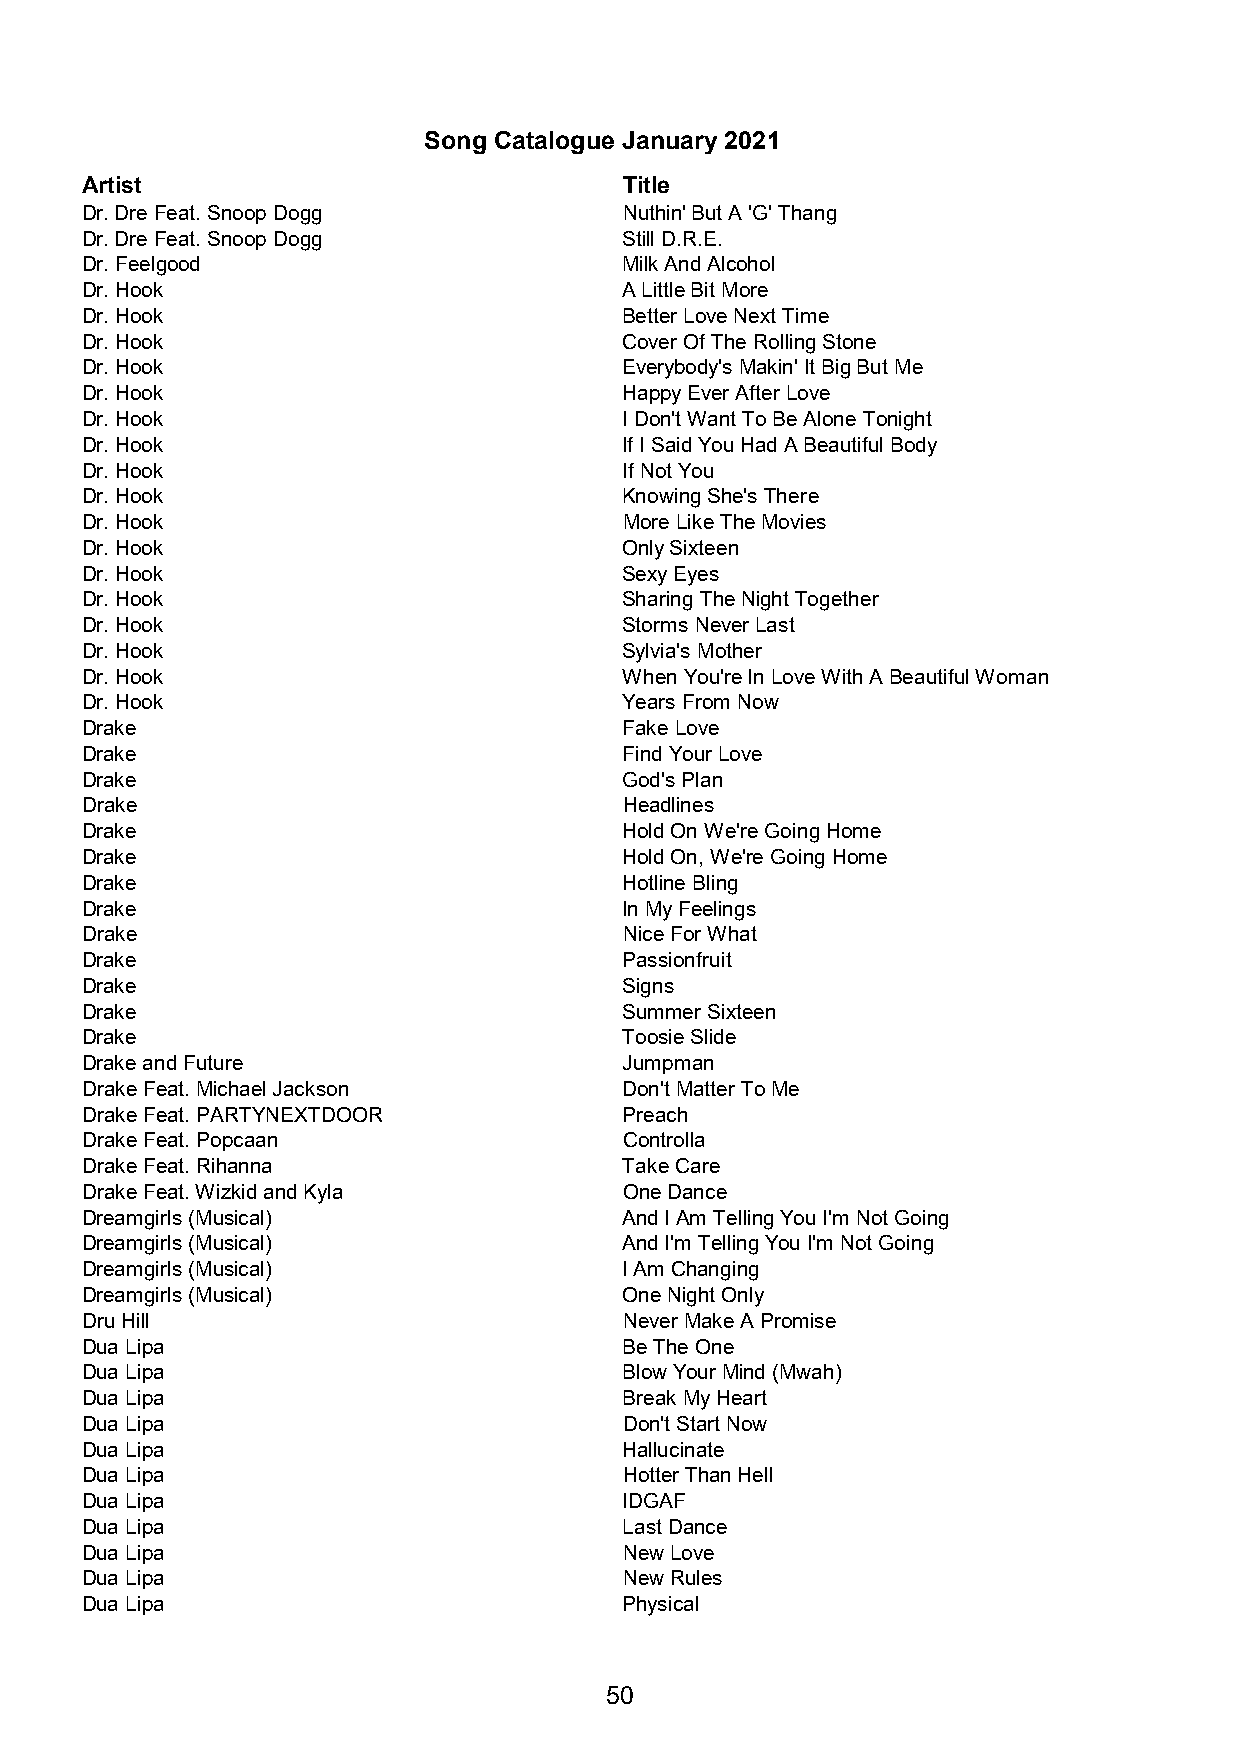
Song Catalogue January 2021
 Artist                              Title
 Dr. Dre Feat. Snoop Dogg            Nuthin' But A 'G' Thang
 Dr. Dre Feat. Snoop Dogg            Still D.R.E.
 Dr. Feelgood                        Milk And Alcohol
 Dr. Hook                            A Little Bit More
 Dr. Hook                            Better Love Next Time
 Dr. Hook                            Cover Of The Rolling Stone
 Dr. Hook                            Everybody's Makin' It Big But Me
 Dr. Hook                            Happy Ever After Love
 Dr. Hook                            I Don't Want To Be Alone Tonight
 Dr. Hook                            If I Said You Had A Beautiful Body
 Dr. Hook                            If Not You
 Dr. Hook                            Knowing She's There
 Dr. Hook                            More Like The Movies
 Dr. Hook                            Only Sixteen
 Dr. Hook                            Sexy Eyes
 Dr. Hook                            Sharing The Night Together
 Dr. Hook                            Storms Never Last
 Dr. Hook                            Sylvia's Mother
 Dr. Hook                            When You're In Love With A Beautiful Woman
 Dr. Hook                            Years From Now
 Drake                               Fake Love
 Drake                               Find Your Love
 Drake                               God's Plan
 Drake                               Headlines
 Drake                               Hold On We're Going Home
 Drake                               Hold On, We're Going Home
 Drake                               Hotline Bling
 Drake                               In My Feelings
 Drake                               Nice For What
 Drake                               Passionfruit
 Drake                               Signs
 Drake                               Summer Sixteen
 Drake                               Toosie Slide
 Drake and Future                    Jumpman
 Drake Feat. Michael Jackson         Don't Matter To Me
 Drake Feat. PARTYNEXTDOOR           Preach
 Drake Feat. Popcaan                 Controlla
 Drake Feat. Rihanna                 Take Care
 Drake Feat. Wizkid and Kyla         One Dance
 Dreamgirls (Musical)                And I Am Telling You I'm Not Going
 Dreamgirls (Musical)                And I'm Telling You I'm Not Going
 Dreamgirls (Musical)                I Am Changing
 Dreamgirls (Musical)                One Night Only
 Dru Hill                            Never Make A Promise
 Dua Lipa                            Be The One
 Dua Lipa                            Blow Your Mind (Mwah)
 Dua Lipa                            Break My Heart
 Dua Lipa                            Don't Start Now
 Dua Lipa                            Hallucinate
 Dua Lipa                            Hotter Than Hell
 Dua Lipa                            IDGAF
 Dua Lipa                            Last Dance
 Dua Lipa                            New Love
 Dua Lipa                            New Rules
 Dua Lipa                            Physical
 50